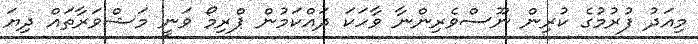
މިއަދު ފުރުމުގެ ކުރިން ނޫސްވެރިންނާ ވާހަކަ ދައްކަމުން ޕްރިމޯ ވަނީ މަޝްވަރާތައް ދިޔަ